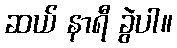
ဆယ် နာရီ ခွဲပါ။